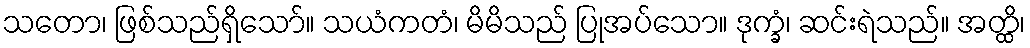
သတော၊ ဖြစ်သည်ရှိသော်။ သယံကတံ၊ မိမိသည် ပြုအပ်သော။ ဒုက္ခံ၊ ဆင်းရဲသည်။ အတ္ထိ၊